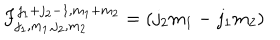
LaTeX: F _ { j _ { 1 } , m _ { 1 } , j _ { 2 } , m _ { 2 } } ^ { j _ { 1 } + j _ { 2 } - 1 , m _ { 1 } + m _ { 2 } } = ( j _ { 2 } m _ { 1 } - j _ { 1 } m _ { 2 } )